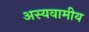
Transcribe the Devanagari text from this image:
अस्यवामीय